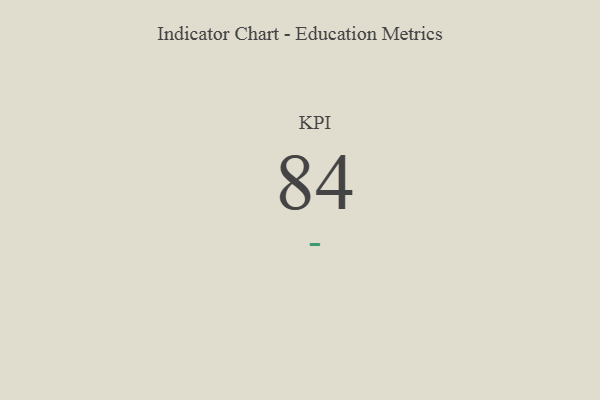
{"axis": {"x": "KPI", "y": "Value"}, "legend": [""], "data": [{"x": "KPI", "y": 84, "type": ""}]}